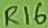
Text: R16